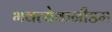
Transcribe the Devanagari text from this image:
भवत्येकनीडम